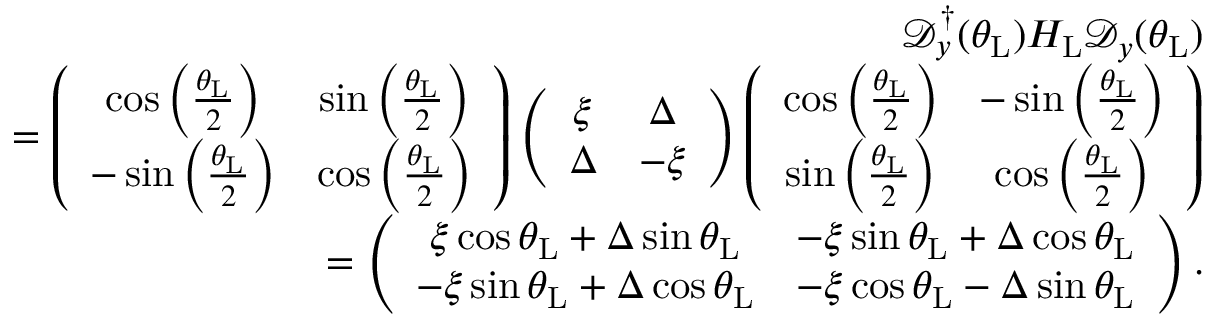
\begin{array} { r l r } & { } & { \mathcal { D } _ { y } ^ { \dagger } ( \theta _ { \mathrm { L } } ) H _ { \mathrm { L } } \mathcal { D } _ { y } ( \theta _ { \mathrm { L } } ) } \\ & { } & { = \left( \begin{array} { c c } { \cos \left( \frac { \theta _ { \mathrm { L } } } { 2 } \right) } & { \sin \left( \frac { \theta _ { \mathrm { L } } } { 2 } \right) } \\ { - \sin \left( \frac { \theta _ { \mathrm { L } } } { 2 } \right) } & { \cos \left( \frac { \theta _ { \mathrm { L } } } { 2 } \right) } \end{array} \right) \left( \begin{array} { c c } { \xi } & { \Delta } \\ { \Delta } & { - \xi } \end{array} \right) \left( \begin{array} { c c } { \cos \left( \frac { \theta _ { \mathrm { L } } } { 2 } \right) } & { - \sin \left( \frac { \theta _ { \mathrm { L } } } { 2 } \right) } \\ { \sin \left( \frac { \theta _ { \mathrm { L } } } { 2 } \right) } & { \cos \left( \frac { \theta _ { \mathrm { L } } } { 2 } \right) } \end{array} \right) } \\ & { } & { = \left( \begin{array} { c c } { \xi \cos \theta _ { \mathrm { L } } + \Delta \sin \theta _ { \mathrm { L } } } & { - \xi \sin \theta _ { \mathrm { L } } + \Delta \cos \theta _ { \mathrm { L } } } \\ { - \xi \sin \theta _ { \mathrm { L } } + \Delta \cos \theta _ { \mathrm { L } } } & { - \xi \cos \theta _ { \mathrm { L } } - \Delta \sin \theta _ { \mathrm { L } } } \end{array} \right) . } \end{array}